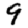
Digit: 9